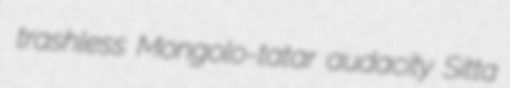
trashless Mongolo-tatar audacity Sitta